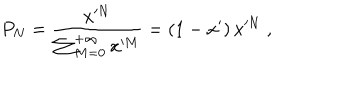
LaTeX: P _ { N } = \frac { x ^ { N } } { \sum _ { M = 0 } ^ { + \infty } x ^ { M } } = \left( 1 - x ^ { \prime } \right) x ^ { N } \; ,